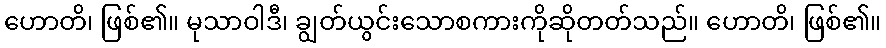
ဟောတိ၊ ဖြစ်၏။ မုသာဝါဒီ၊ ချွတ်ယွင်းသောစကားကိုဆိုတတ်သည်။ ဟောတိ၊ ဖြစ်၏။